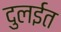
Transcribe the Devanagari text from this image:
दुलईत